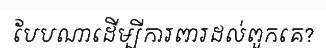
បែបណាដើម្បីការពារដល់ពួកគេ?